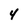
Character: 4